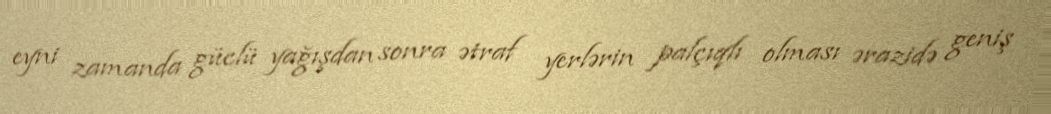
eyni zamanda güclü yağışdan sonra ətraf yerlərin palçıqlı olması ərazidə geniş